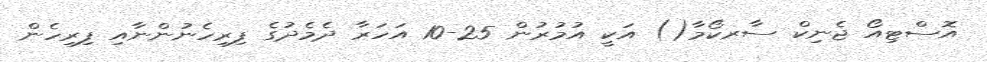
އޮސްޓިއޯ ޖެނިކް ސާރކޯމާ() އަކީ އުމުރުން 25-10 އަހަރާ ދެމެދުގެ ފިރިހެނުންނާއި ފިރިހެން